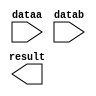
module mult (
	dataa,
	datab,
	result);

	input	[7:0]  dataa;
	input	[7:0]  datab;
	output	[15:0]  result;

endmodule